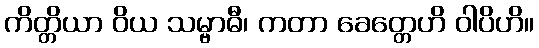
ကိတ္တိယာ ဝိယ သမ္ဗာဓီ၊ ကတာ ခေတ္တေဟိ ဝါပိဟိ။